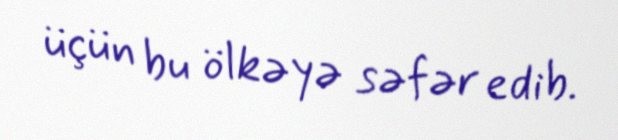
üçün bu ölkəyə səfər edib.